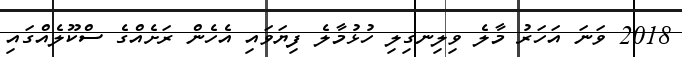
2018 ވަނަ އަހަރު މާލެ ވިލިނގިލި ހުޅުމާލެ ފިޔަވައި އެހެން ރަށެއްގެ ސްކޫލެއްގައި